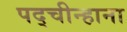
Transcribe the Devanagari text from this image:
पद्चीन्हाना